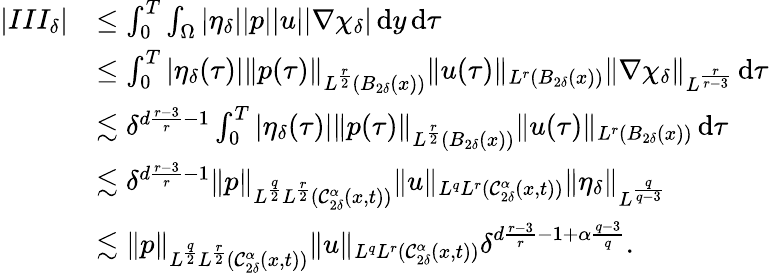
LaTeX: \begin{array}{rl}{|III_{\delta}|}&{\leq\int_{0}^{T}\int_{\Omega}|\eta_{\delta}||p||u||\nabla\chi_{\delta}|\, \mathrm{d}y\, \mathrm{d}\tau}\\ &{\leq\int_{0}^{T}|\eta_{\delta}(\tau)|\| p(\tau)\| _{L^{\frac{r}{2}}(B_{2\delta}(x))}\| u(\tau)\| _{L^{r}(B_{2\delta}(x))}\| \nabla\chi_{\delta}\| _{L^{\frac{r}{r-3}}}\, \mathrm{d}\tau}\\ &{\lesssim\delta^{d\frac{r-3}{r}-1}\int_{0}^{T}|\eta_{\delta}(\tau)|\| p(\tau)\| _{L^{\frac{r}{2}}(B_{2\delta}(x))}\| u(\tau)\| _{L^{r}(B_{2\delta}(x))}\, \mathrm{d}\tau}\\ &{\lesssim\delta^{d\frac{r-3}{r}-1}\| p\| _{L^{\frac{q}{2}}L^{\frac{r}{2}}(\mathcal{C}_{2\delta}^{\alpha}(x,t))}\| u\| _{L^{q}L^{r}(\mathcal{C}_{2\delta}^{\alpha}(x,t))}\| \eta_{\delta}\| _{L^{\frac{q}{q-3}}}}\\ &{\lesssim\| p\| _{L^{\frac{q}{2}}L^{\frac{r}{2}}(\mathcal{C}_{2\delta}^{\alpha}(x,t))}\| u\| _{L^{q}L^{r}(\mathcal{C}_{2\delta}^{\alpha}(x,t))}\delta^{d\frac{r-3}{r}-1+\alpha\frac{q-3}{q}}.}\end{array}